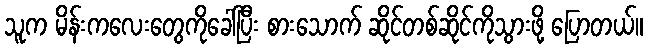
သူက မိန်းကလေးတွေကိုခေါ်ပြီး စားသောက် ဆိုင်တစ်ဆိုင်ကိုသွားဖို့ ပြောတယ်။